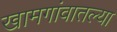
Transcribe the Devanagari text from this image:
खामगांवातल्या